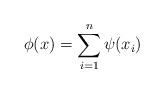
LaTeX: \begin{align*} \phi(x)=\sum_{i=1}^n\psi(x_i) \end{align*}